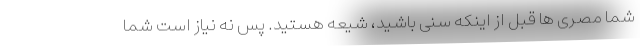
شما مصری ها قبل از اینکه سنی باشید، شیعه هستید. پس نه نیاز است شما